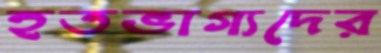
হতভাগ্যদের